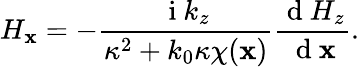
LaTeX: H_{\mathbf{x}}=-\frac{{\mathrm{{~i~}}k_{z}}}{{\kappa^{2}+k_{0}\kappa\chi(\mathbf{x})}}\frac{{\mathrm{{~d~}}H_{z}}}{{\mathrm{{~d~}}\mathbf{x}}}.